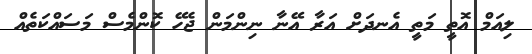
ލިއަމް އޮތީ މަތީ އެނދަށް އަރާ އޭނާ ނިންމަން ޖެހޭ ކޮންމެސް މަސައްކަތެއް